Calcutta medical institutions reports 1871-78
Year: 1871
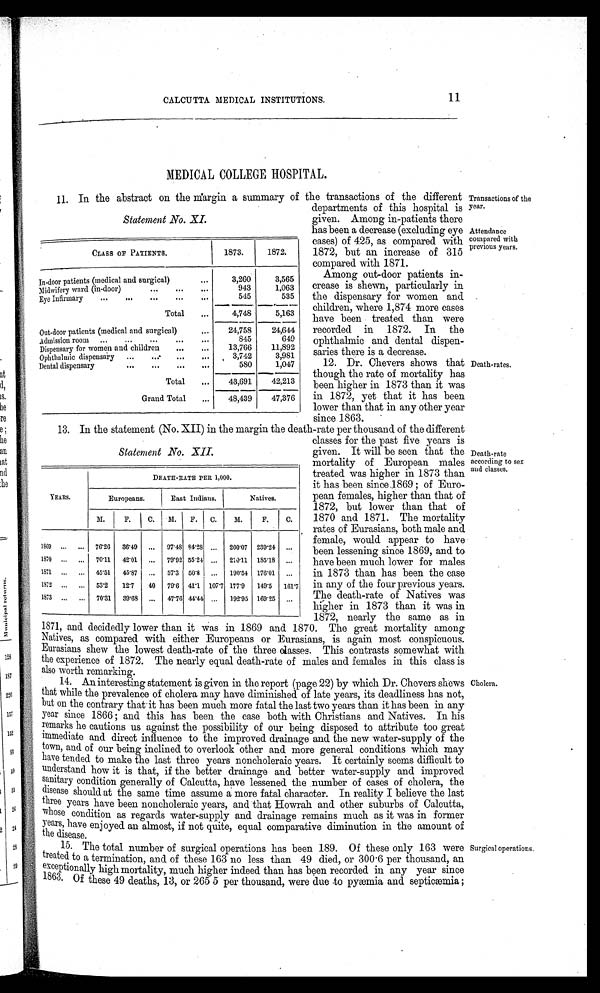
Death-rates.
CALCUTTA MEDICAL INSTITUTIONS.
11
MEDICAL COLLEGE HOSPITAL.
11. In the abstract on the margin a summary of the transactions of the different
Statement No. XI.
CLASS OF PATIENTS.
1873.
1872.
In-door patients (medical and surgical)
3,260
3,565
Midwifery ward (in-door)
943
1,063
Eye Infirmary
545
535
5,163
Total
4,748
Out-door patients (medical and surgical)
24,758
24,644
Admission room
845
649
Dispensary for women and children
13,766
11,892
Ophthalmic dispensary
3,742
3,981
Dental dispensary
580
1,047
Total
43,691 42,213
Grand Total
48,439
47,376
Transactions of the
year.
departments of this hospital is
given. Among in-patients there
has been a decrease (excluding eye
eases) of 425, as compared with
1872, but an increase of 315
compared with 1871.
Among out-door patients in
-
crease is shewn, particularly in
the dispensary for women and
children, where 1,874 more cases
have been treated than were
recorded in 1872. In the
ophthalmic and dental dispen
-
saries there is a decrease.
12. Dr. Chevers shows that
though the rate of mortality has
been higher in 1873 than it was
in 1872, yet that it has been
lower than that in any other year
s i n c e 1 8 6 3 .
Attendance
compared with
previous years.
13. In the statement (No. XII) in the margin the death-rate per thousand of the different
classes for the past five years is
given. It will be seen that the
mortality of European males
treated was higher in 1873 than
it has been since 1869; of Euro
-
pean females, higher than that of
1872, but lower than that of
1870 and 1871. The mortality
rates of Eurasians, both male and
female, would appear to have
been lessening since 1869, and to
have been much lower for males
in 1873 than has been the case
in any of the four previous years.
The death-rate of Natives was
higher in 1873 than it was in
1872, nearly the same as in
1871, and decidedly lower than it was in 1869 and 1870. The great mortality among
Natives, as compared with either Europeans or Eurasians, is again most conspicuous.
Eurasians show the lowest death-rate of the three classes. This contrasts somewhat with
the experience of 1872. The nearly equal death-rate of males and females in this class is
also worth remarking.
14. An interesting statement is given in the report (page 22) by which Dr. Chevers shews
that while the prevalence of cholera may have diminished of late years, its deadliness has not,
but on the contrary that it has been much more fatal the last two years than it has been in any
year since 1866; and this has been the case both with Christians and Natives. In his
remarks he cautions us against the possibility of our being disposed to attribute too great
immediate and direct influence to the improved drainage and the new water-supply of the
town, and of our being inclined to overlook other and more general conditions which may
have tended to make the last three years noncholeraic years. It certainly seems difficult to
understand how it is that, if the better drainage and better water-supply and improved
sanitary condition generally of Calcutta, have lessened the number of cases of cholera, the
disease should at the same time assume a more fatal character. In reality I believe the last
three years have been noncholeraic years, and that Howrah and other suburbs of Calcutta,
whose condition. as regards water-supply and drainage remains much as it was in former
years, have enjoyed an almost, if not quite, equal comparative diminution in the amount of
the disease.
15. The total number of surgical operations has been 189. Of these only 163 were
treated to a termination, and of these 163 no less than 49 died, or 300 . 6 per thousand, an
exceptionally high mortality, much higher indeed than has been recorded in any year since
1863. Of these 49 deaths, 13, or 265 5 per thousand, were due to pyæmia and septicæmia;
Statement No. XII.
YEARS.
DEATH-RATE PER 1,000.
Europeans.
East Indians.
Natives.
M.
F.
C.
M.
F.
C.
M.
F.
C.
1869
76·26
36·49
. . .
97·48 84·28 ...
260·07 239·24
...
1870
70·11 42·01
...
79·92 55·24 ...
210·11 185·18
. . .
1871
45·51
45·87 ...
57·3 50·8 ...
190·54 176·01
. . .
1872
53·2
1 2
· 7
40
79·6 41·1 107·7 177·9
149·5
161·7
1873
70·31 39·68
...
47·76 44·44 ...
192·95 169·25
. .
Death-rate
according to sex
and classes.
Cholera.
Surgical operations.